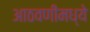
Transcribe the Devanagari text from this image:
आठवणीमध्ये